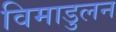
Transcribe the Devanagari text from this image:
विमाडुलन